Indian journal of veterinary science and animal husbandry - Volumes 26-27, 1956-1957
Year: 1956
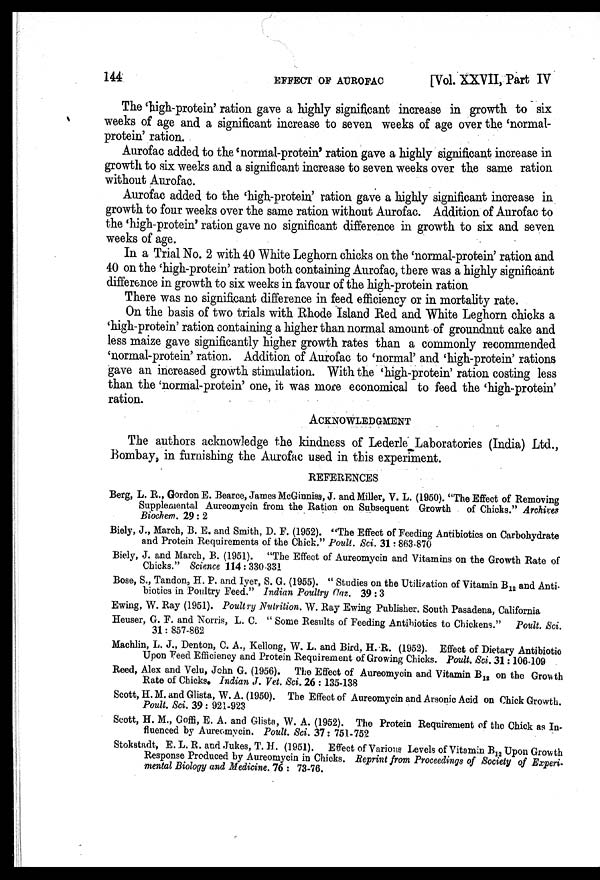
144
EFFECT
OF
AUROFAC
[Vol. XXVII, Part IV
The 'high-protein' ration gave a highly significant increase in growth to six
weeks of age and a significant increase to seven weeks of age over the 'normal-
protein' ration.
Aurofac added to the 'normal-protein' ration gave a highly significant increase in
growth to six weeks and a significant increase to seven weeks over the same ration
without Aurofac.
Aurofac added to the 'high-protein' ration gave a highly significant increase in
growth to four weeks over the same ration without Aurofac. Addition of Aurofac to
the 'high-protein' ration gave no significant difference in growth to six and seven
weeks of age.
In a Trial No. 2 with 40 White Leghorn chicks on the 'normal-protein' ration and
40 on the 'high-protein' ration both containing Aurofac, there was a highly significant
difference in growth to six weeks in favour of the high-protein ration
There was no significant difference in feed efficiency or in mortality rate.
On the basis of two trials with Rhode Island Red and White Leghorn chicks a
'high-protein' ration containing a higher than normal amount of groundnut cake and
less maize gave significantly higher growth rates than a commonly recommended
'normal-protein' ration. Addition of Aurofac to 'normal' and 'high-protein' rations
gave an increased growth stimulation. With the 'high-protein' ration costing less
than the 'normal-protein' one, it was more economical to feed the 'high-protein'
ration.
ACKNOWLEDGMENT
The authors acknowledge the kindness of Lederle Laboratories (India) Ltd.,
Bombay, in furnishing the Aurofac used in this experiment.
REFERENCES
Berg, L. R., Gordon E. Bearce, James McGinniss, J. and Miller, V. L. (1950). "The Effect of Removing
Supplemental Aureomycin from the Ration on Subsequent Growth of Chicks." Archives
Biochem. 29: 2
Biely, J., March, B. E. and Smith, D. F. (1952). "The Effect of Feeding Antibiotics on Carbohydrate
and Protein Requirements of the Chick." Poult. Sci. 31: 863-870
Biely, J. and March, B. (1951). "The Effect of Aureomycin and Vitamins on the Growth Rate of
Chicks." Science 114:330.331
Bose, S., Tandon, H. P. and Iyer, S. G. (1955). "Studies on the Utilization of Vitamin B 12 and Anti-
biotics in Poultry Feed." Indian Poultry Gaz. 39:3
Ewing, W. Ray (1951). Poultry Nutrition. W. Ray Ewing Publisher. South Pasadena, California
Heuser, G. F. and Norris, L. C. "Some Results of Feeding Antibiotics to Chickens." Poult. Sci.
31:857-862
Machlin, L. J., Denton, C. A., Kellong, W. L. and Bird, H. R. (1952). Effect of Dietary Antibiotic
Upon Feed Efficiency and Protein Requirement of Growing Chicks. Poult. Sci. 31:106-109
Reed, Alex and Velu, John G. (1956). The Effect of Aureomycin and Vitamin B 12 on the Growth
Rate of Chicks. Indian J. Vet. Sci. 26:135-138
Scott, H. M. and Glista, W. A. (1950). The Effect of Aureomycin and Arsonic Acid on Chick Growth.
Poult. Sci. 39:921-923
Scott, H. M., Goffi, E. A. and Glista, W. A. (1952). The Protein Requirement of the Chick as In-
fluenced by Aureomycin. Poult. Sci. 37:751-752
Stokstadt, E. L. R. and Jukes, T. H. (1951). Effect of Various Levels of Vitamin B 12 Upon Growth
Response Produced by Aureomycin in Chicks. Reprint from Proceedings of Society of Experi-
mental Biology and Medicine. 76: 73-76.